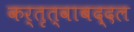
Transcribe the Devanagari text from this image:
कर्तृत्वाबद्दल